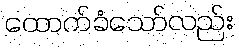
ထောက်ခံသော်လည်း